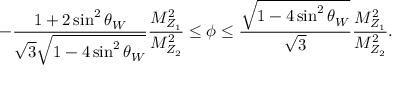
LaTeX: - \frac { 1 + 2 \sin ^ { 2 } \theta _ { W } } { \sqrt 3 \sqrt { 1 - 4 \sin ^ { 2 } \theta _ { W } } } \frac { M _ { Z _ { 1 } } ^ { 2 } } { M _ { Z _ { 2 } } ^ { 2 } } \leq \phi \leq \frac { \sqrt { 1 - 4 \sin ^ { 2 } \theta _ { W } } } { \sqrt 3 } \frac { M _ { Z _ { 1 } } ^ { 2 } } { M _ { Z _ { 2 } } ^ { 2 } } .